Insane asylums Bombay 1873-77 - 1873-1877
Year: 1873
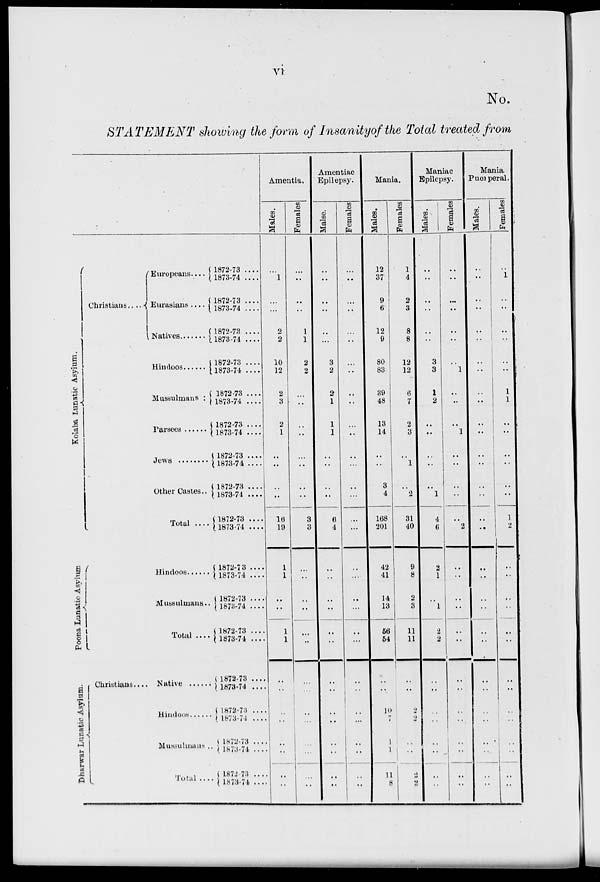
vi
No.
STATEMENT showing the form of Insanity of the Total treated from
Kolaba Lunatic Asylum.
Poona Lunatics Asylum.
Dharwar Lunatics Aslum.
Christians....
Europeans....
Eurasians ....
Natives.......
Hindoos .....
Mussulmans :
Parsees .....
Jews .....
Other Castes..
Total ...
Hindoos .....
Mussulmans..
Total ....
Christians....
Native .....
Hindoos .....
Mussulmans ..
Total ....
1872-73 ....
1873-74 ....
1872-73 ....
1873-74 ....
1872-73 ....
1873-74 ....
1872-73 ....
1873-74 ....
1872-73 ....
1873-74 ....
1872-73 ....
1873-74 ....
1872-73 ....
1873-74 .....
1872-73 ....
1873-74 ....
1872-73 ....
1873-74 ....
1872-73 ....
1873-74 ....
1872-73 ....
1873-74 ....
1872-73 ....
1878-74 ....
1872-73 ....
1873-74 ...
1872-73 ...
1873-74 ...
1872-73 ...
1873-74 ...
1872-73 ...
1873-74 ...
Amentia.
Males.
...
1
..
...
2
2
10
12
2
3
2
1
..
..
..
..
16
19
1
1
..
..
1
1
..
..
..
..
..
..
..
..
Females
...
..
..
..
1
1
2
2
...
..
..
..
..
..
..
..
3
3
...
...
..
..
...
..
..
...
..
..
..
..
..
..
Amentiac
Epilepsy.
Males.
...
..
..
..
..
...
3
2
2
1
1
1
..
..
..
..
6
4
...
..
..
..
..
..
..
..
..
..
..
..
..
..
Females.
...
..
..
..
..
..
...
..
..
..
...
..
..
...
..
...
..
..
..
..
...
..
..
..
..
..
...
..
..
..
..
Mania.
Males.
12
37
9
6
12
9
80
83
39
48
13
14
..
..
3
4
168
201
42
41
14
13
56
54
..
..
10
7
1
1
11
8
Females.
1
4
2
3
8
8
12
12
6
7
2
3
..
1
..
2
31
40
9
8
2
3
11
11
..
..
2
2
..
..
2
2
Maniac
Epilepsy.
Males.
..
..
..
..
..
..
3
3
1
2
..
..
..
..
..
1
4
6
2
1
..
1
2
2
..
..
..
..
..
..
..
..
Females.
..
..
..
..
..
..
1
..
..
..
1
..
..
..
..
..
2
..
..
..
..
..
..
..
..
..
..
..
..
..
..
Mania.
Puerperal.
Males.
..
..
..
..
..
..
..
..
..
..
..
..
..
..
..
..
..
..
..
..
..
..
..
..
..
..
..
..
..
..
..
..
Females.
..
1
..
..
..
..
..
..
1
1
..
..
..
..
..
..
1
2
..
..
..
..
..
..
..
..
..
..
..
..
..
..